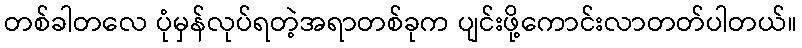
တစ်ခါတလေ ပုံမှန်လုပ်ရတဲ့အရာတစ်ခုက ပျင်းဖို့ကောင်းလာတတ်ပါတယ်။